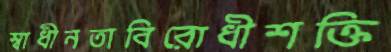
স্বাধীনতাবিরোধীশক্তি